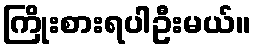
ကြိုးစားရပါဦးမယ်။